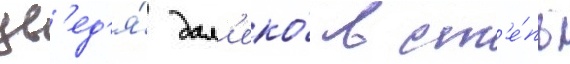
ув'ед'я́ дал'еко́ в ст'е́пь